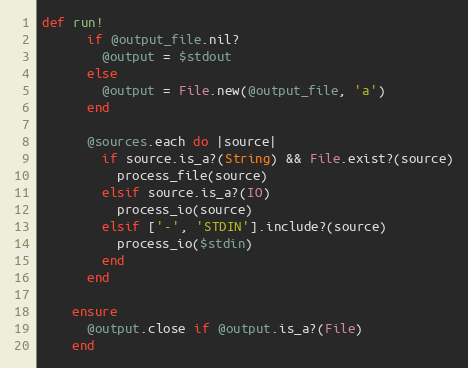
Language: Ruby
def run!
      if @output_file.nil?
        @output = $stdout
      else
        @output = File.new(@output_file, 'a')
      end

      @sources.each do |source|
        if source.is_a?(String) && File.exist?(source)
          process_file(source)
        elsif source.is_a?(IO)
          process_io(source)
        elsif ['-', 'STDIN'].include?(source)
          process_io($stdin)
        end
      end

    ensure
      @output.close if @output.is_a?(File)
    end